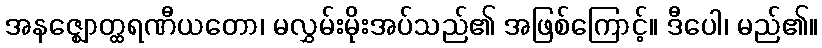
အနဇ္ဈောတ္ထရဏီယတော၊ မလွှမ်းမိုးအပ်သည်၏ အဖြစ်ကြောင့်။ ဒီပေါ၊ မည်၏။